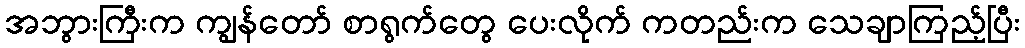
အဘွားကြီးက ကျွန်တော် စာရွက်တွေ ပေးလိုက် ကတည်းက သေချာကြည့်ပြီး